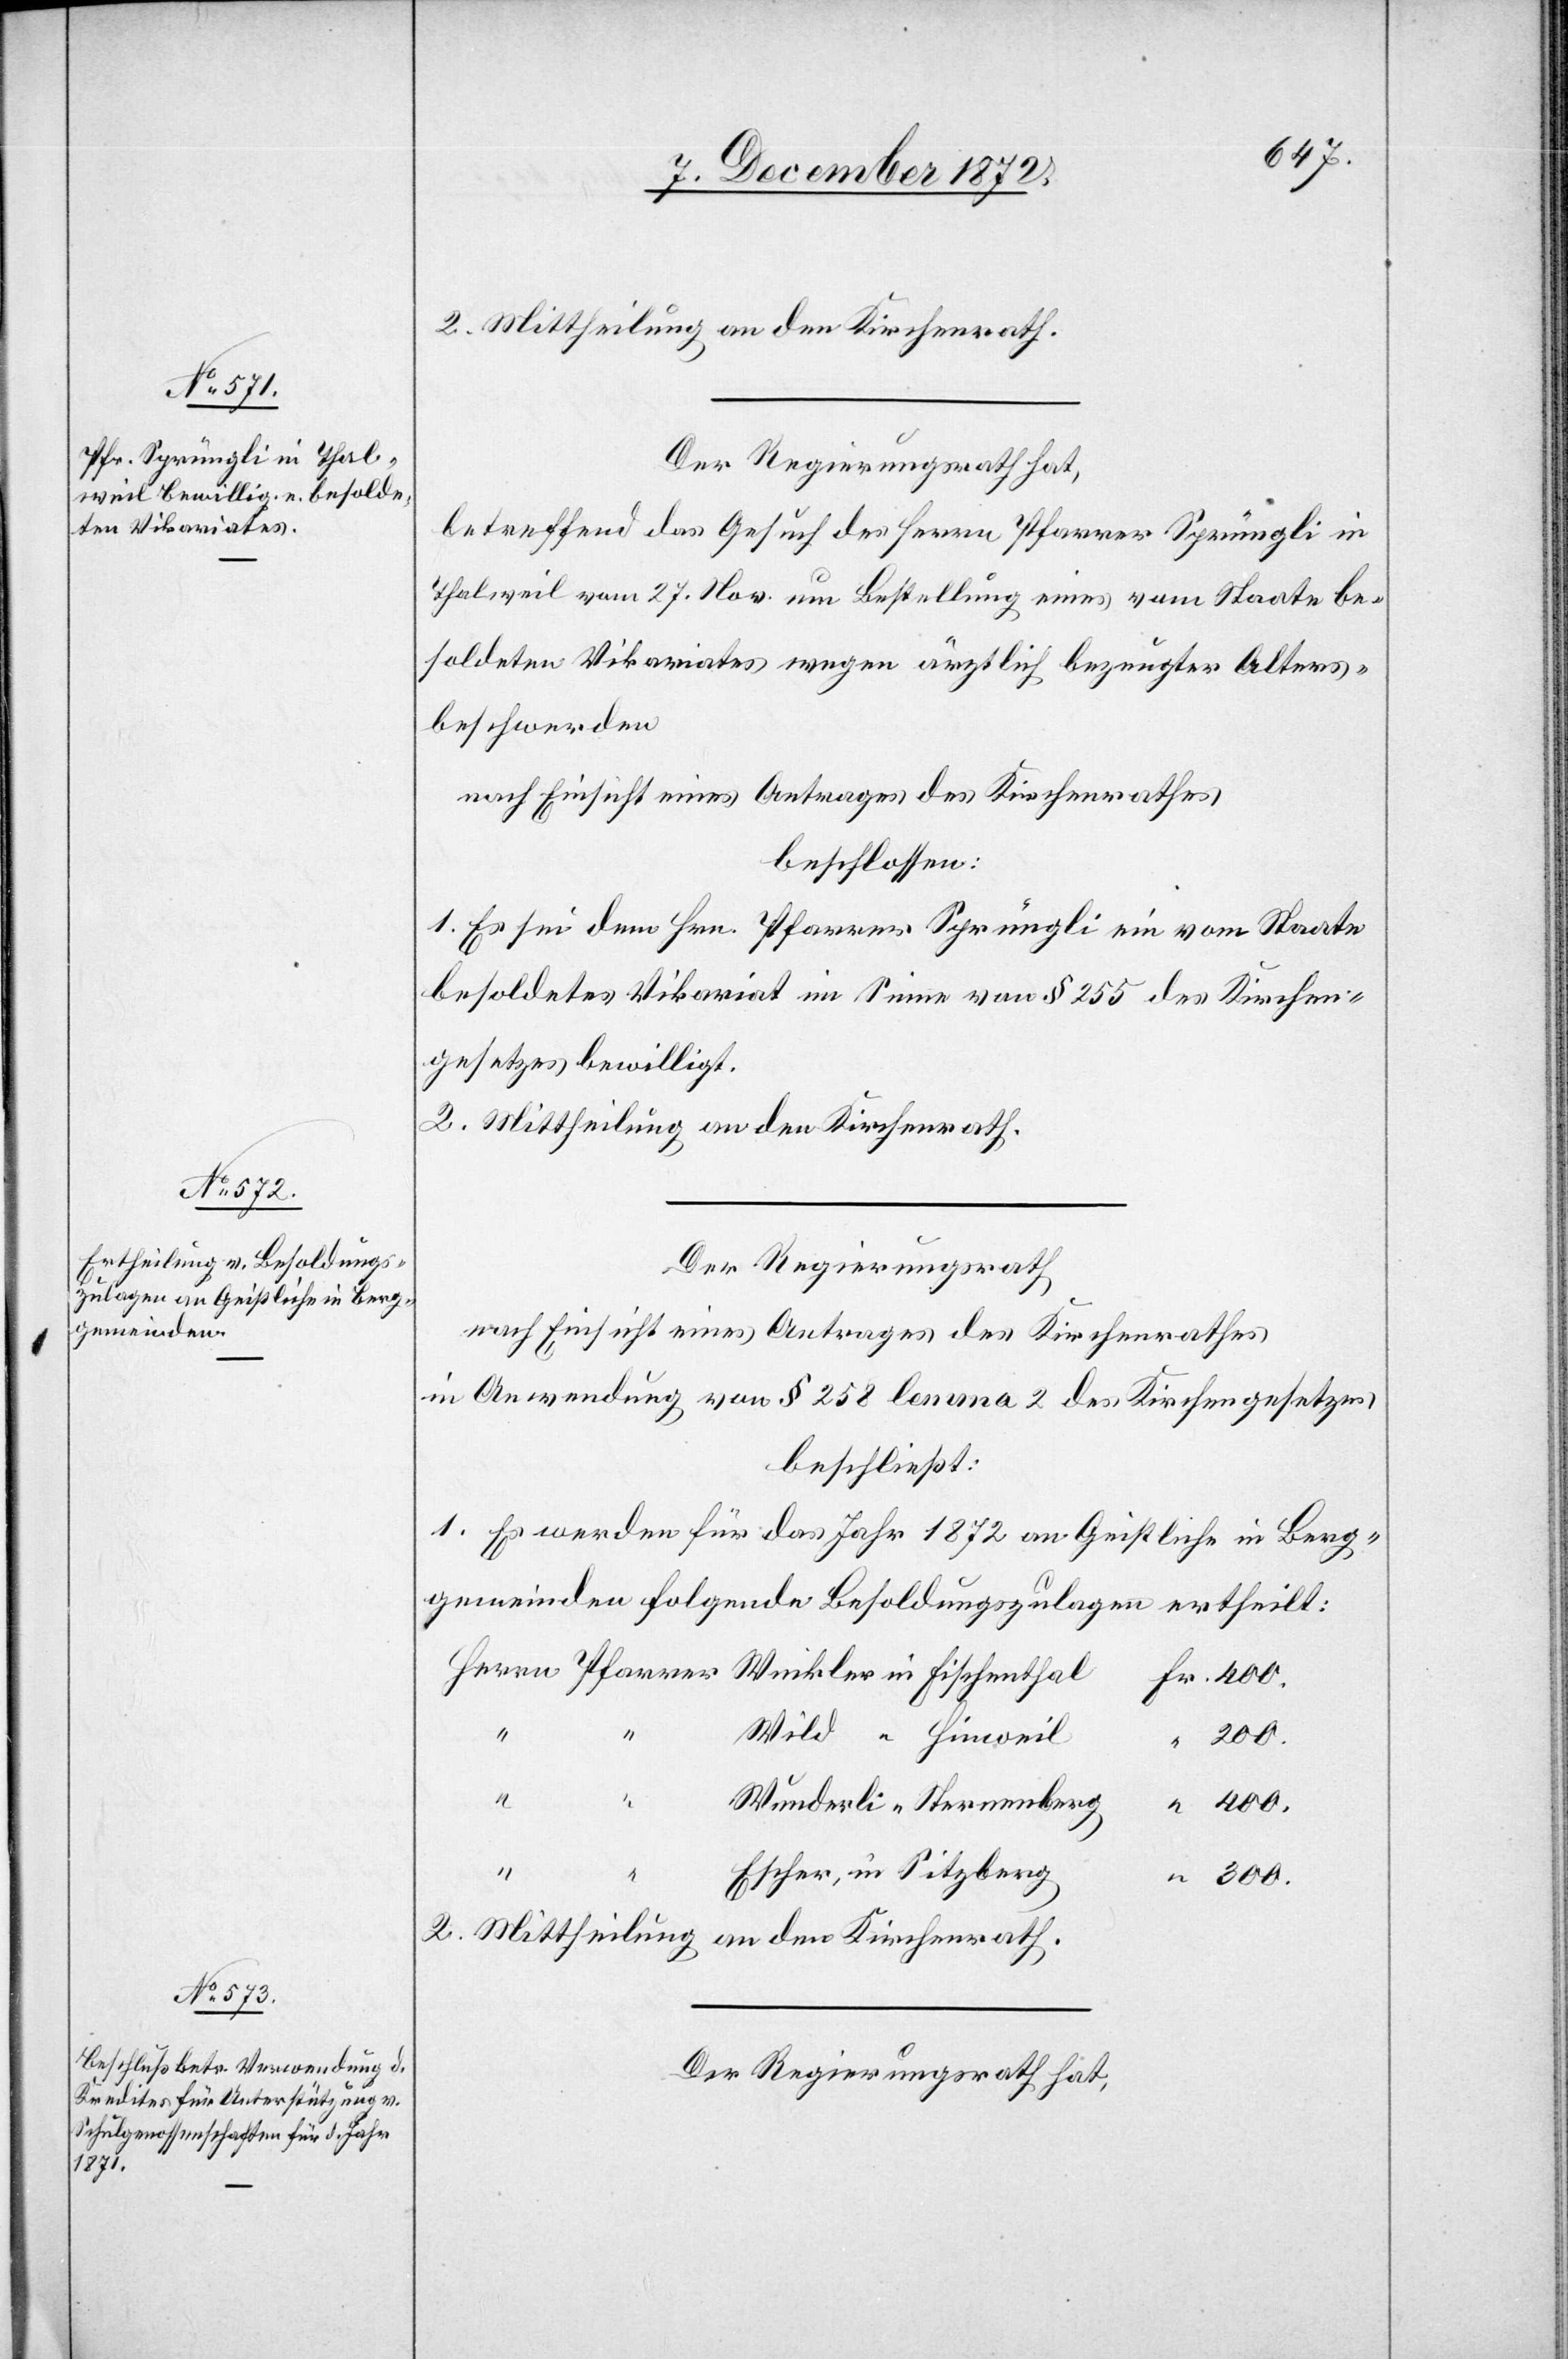
2. Mittheilung an den Kirchenrath.
Der Regierungsrath hat,
betreffend das Gesuch des Herrn Pfarrer Sprüngli in
Thalweil vom 27. Nov. um Bestellung eines vom Staate be¬
soldeten Vikariates wegen ärztlich bezeugter Alters¬
beschwerden
nach Einsicht eines Antrages des Kirchenrathes,
beschlossen:
1. Es sei dem Hrn. Pfarrer Sprüngli ein vom Staate
besoldetes Vikariat im Sinne von § 255 des Kirchen¬
gesetzes bewilligt.
2. Mittheilung an den Kirchenrath.
Der Regierungsrath
nach Einsicht eines Antrages des Kirchenrathes
in Anwendung von § 258 lemma 2 des Kirchengesetzes
beschließt:
1. Es werden für das Jahr 1872 an Geistliche in Berg¬
gemeinden folgende Besoldungszulagen ertheilt:
Wild “ Hinweil
200.
Wunderli “ Sternenberg
“
400.
Escher, in Sitzberg
300.
2. Mittheilung an den Kirchenrath.
Der Regierungsrath hat,